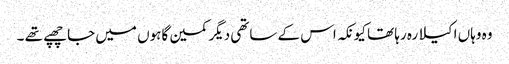
وہ وہاں اکیلا رہ رہا تھا کیونکہ اس کے ساتھی دیگر کمین گاہوں میں جا چھپے تھے ۔